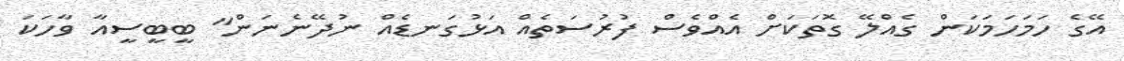
އޭގެ ހަމަހަމަކަން ގެއްލޭ ގޮތަކަށް އެއްވެސް ފުރުސަތެއް އަޅުގަނޑެއް ނުދޭނެނަން" ބީބީސީއާ ވާހަކަ